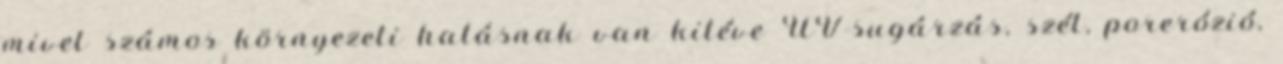
mivel számos környezeti hatásnak van kitéve UV-sugárzás, szél, porerózió,